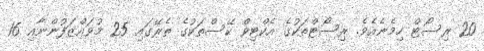
20 ރިސޯޓް ހިމެނެއެވެ. ރިސޯޓްތަކުގެ އެކްޓިވް ކޭސްތަކުގެ ތެރޭގައި 25 މުވައްޒަފުންނާއި 16